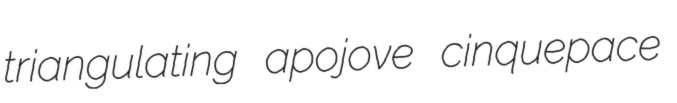
triangulating apojove cinquepace